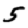
Digit: 5